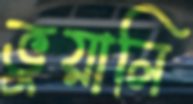
ভুয়ালি